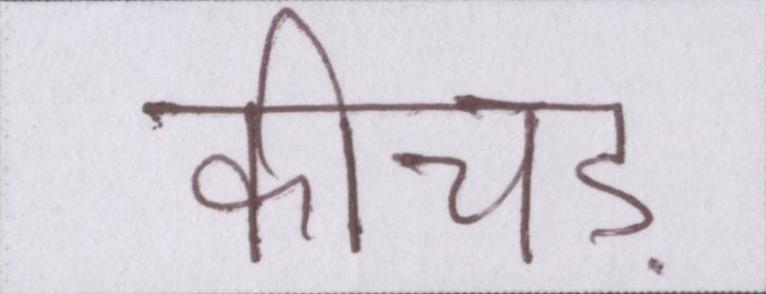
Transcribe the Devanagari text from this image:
कीचड़